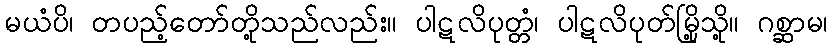
မယံပိ၊ တပည့်တော်တို့သည်လည်း။ ပါဋလိပုတ္တံ၊ ပါဋလိပုတ်မြို့သို့။ ဂစ္ဆာမ၊